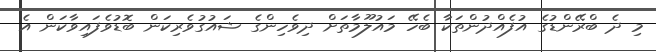
މި ދެ ބްރޭންޑުގެ އުފެއްދުންތަކާ ބެހޭ މައުލޫމާތަށް ދިވެހިންގެ ޝައުގުވެރިކަން ބޮޑުވެފައިވާކަން އެ